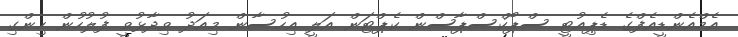
އެމްއެންޑީއެފްގެ ޑެޕިއުޓީ ސްޕޯކްސްޕާސްން ކެޕްޓަން އަލީ އިހުސާން މިއަދު ވިދާޅުވީ ފުލުހުން ހިންގި